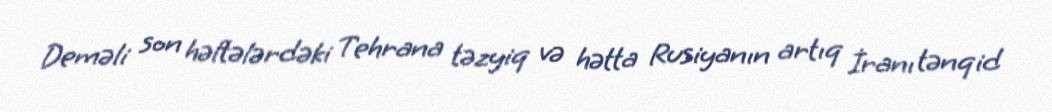
Deməli son həftələrdəki Tehrana təzyiq və hətta Rusiyanın artıq İranı tənqid